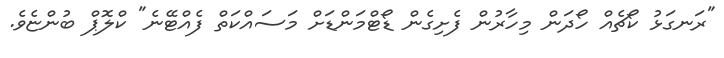
"ރަނގަޅު ކޯޗެއް ހޯދަން މިހާރުން ފެށިގެން ޑޯޓްމަންޑަށް މަސައްކަތް ފެއްޓޭނެ" ކްލޮޕް ބުންޏެވެ.